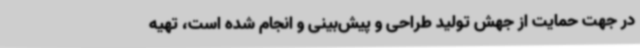
در جهت حمایت از جهش تولید طراحی و پیش‌بینی و انجام شده است، تهیه